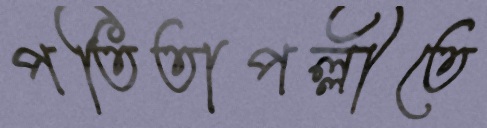
পতিতাপল্লীতে